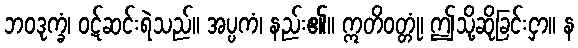
ဘဝဒုက္ခံ၊ ဝဋ်ဆင်းရဲသည်။ အပ္ပကံ၊ နည်း၏။ ဣတိဝတ္တုံ၊ ဤသို့ဆိုခြင်းငှာ။ န